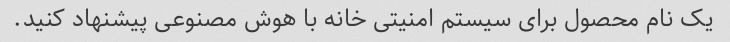
یک نام محصول برای سیستم امنیتی خانه با هوش مصنوعی پیشنهاد کنید.